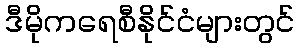
ဒီမိုကရေစီနိုင်ငံများတွင်